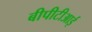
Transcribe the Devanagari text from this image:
बीपीटीआई